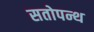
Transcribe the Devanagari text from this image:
सतोपन्थ